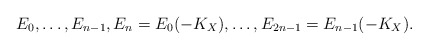
\begin{align*}E_0,\dots,E_{n-1},E_n=E_0(-K_X),\dots,E_{2n-1}=E_{n-1}(-K_X).\end{align*}